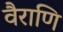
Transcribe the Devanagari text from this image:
वैराणि